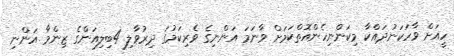
ހީއަށް ވާހަކަނުދައްކާ މިކަންނިހެންއޮތްކަމަށް ވާނަމަ އަންނިގެ ވެރިކަމުގަ ދިރުވާލި 4ބިލިއަންގެ ޒިންމާ އަންނި